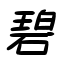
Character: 碧